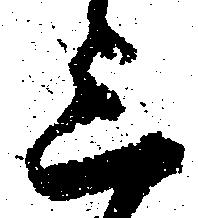
上